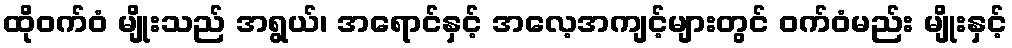
ထိုဝက်ဝံ မျိုးသည် အရွယ်၊ အရောင်နှင့် အလေ့အကျင့်များတွင် ဝက်ဝံမည်း မျိုးနှင့်